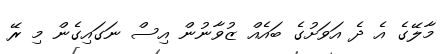
މާލޭގެ އެ ދެ އަވަށުގެ ބައެއް ޒުވާނުން އިސް ނަގައިގެން މި ރޭ